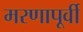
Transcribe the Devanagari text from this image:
मरणापूर्वी